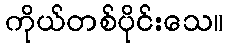
ကိုယ်တစ်ပိုင်းသေ။